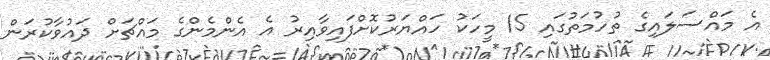
އެ މައްސަލައިގެ ތުހުމަތުގައި 15 މީހަކު ހައްޔަރުކޮށްފައިވާއިރު އެ އެންމެންގެ މައްޗަށް ދައުވާކުރަން